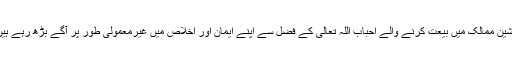
رشین ممالک میں بیعت کرنے والے احباب اللہ تعالیٰ کے فضل سے اپنے ایمان اور اخلاص میں غیرمعمولی طور پر آگے بڑھ رہے ہیں۔